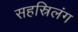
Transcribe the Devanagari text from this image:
सहस्रिलंग